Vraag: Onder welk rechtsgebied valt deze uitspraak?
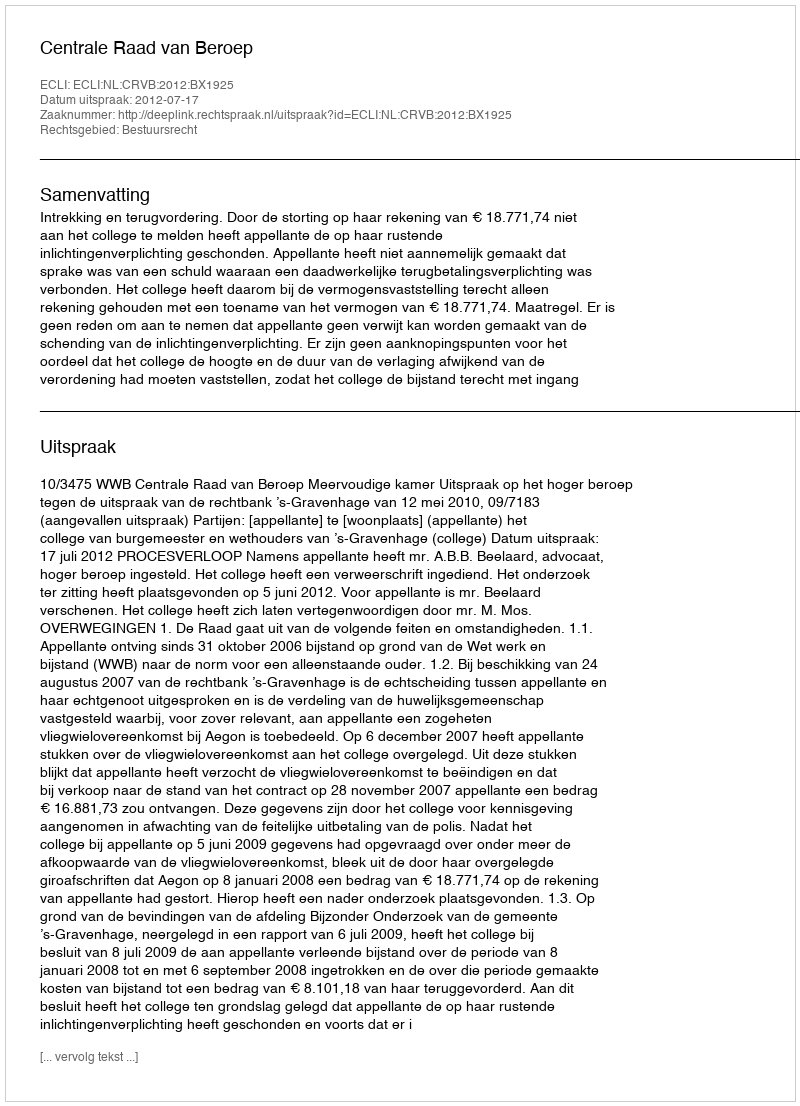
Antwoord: Bestuursrecht